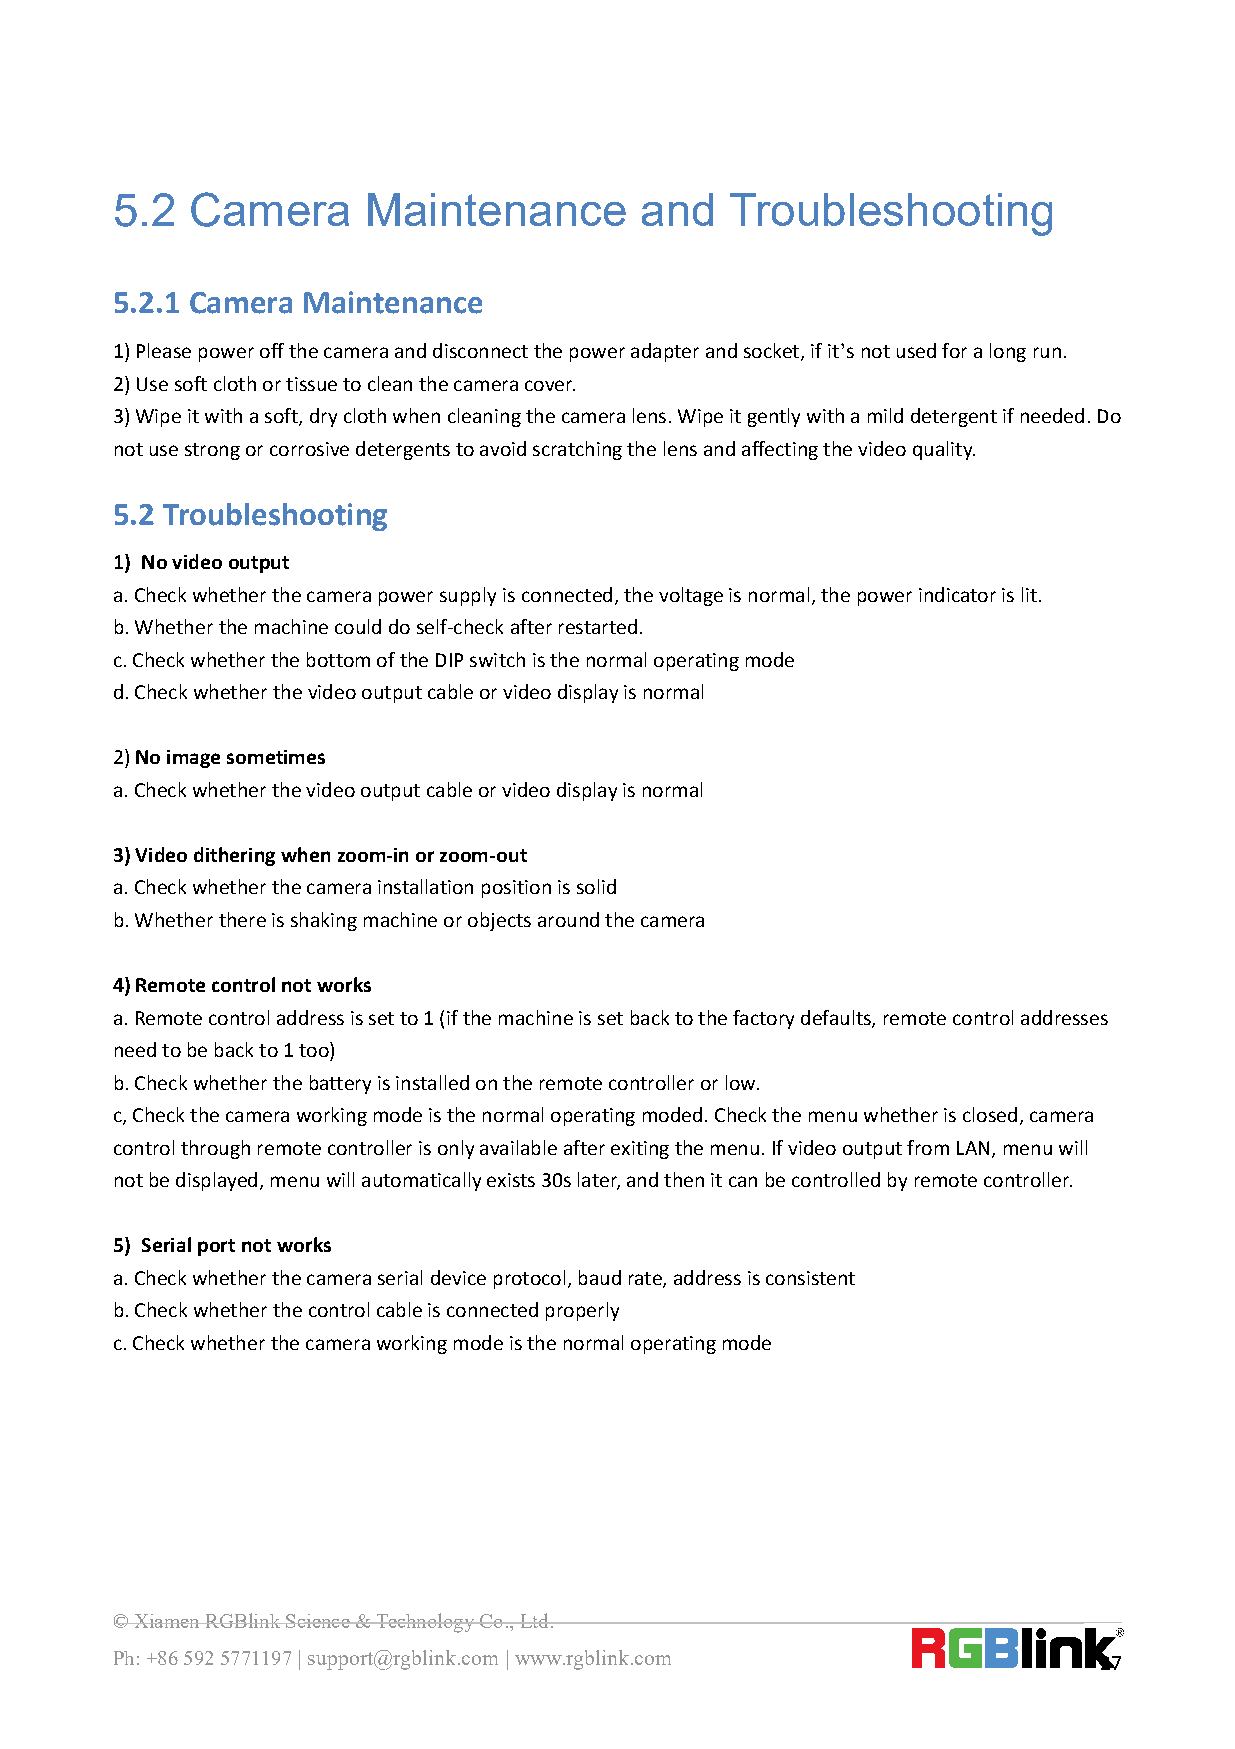
5.2  Camera      Maintenance       and   Troubleshooting
 5.2.1 Camera Maintenance
 1)Pleasepoweroffthecameraanddisconnectthepoweradapterandsocket,ifit’snotusedforalongrun.
 2)Usesoftclothortissuetocleanthecameracover.
 3)Wipeitwithasoft,dryclothwhencleaningthecameralens.Wipeitgentlywithamilddetergentifneeded.Do
 notusestrongorcorrosivedetergentstoavoidscratchingthelensandaffectingthevideoquality.
 5.2 Troubleshooting
 1) Novideooutput
 a.Checkwhetherthecamerapowersupplyisconnected,thevoltageisnormal,thepowerindicatorislit.
 b.Whetherthemachinecoulddoself-checkafterrestarted.
 c.CheckwhetherthebottomoftheDIPswitchisthenormaloperatingmode
 d.Checkwhetherthevideooutputcableorvideodisplayisnormal
 2)Noimagesometimes
 a.Checkwhetherthevideooutputcableorvideodisplayisnormal
 3)Videoditheringwhenzoom-inorzoom-out
 a.Checkwhetherthecamerainstallationpositionissolid
 b.Whetherthereisshakingmachineorobjectsaroundthecamera
 4)Remotecontrolnotworks
 a.Remotecontroladdressissetto1(ifthemachineissetbacktothefactorydefaults,remotecontroladdresses
 needtobebackto1too)
 b.Checkwhetherthebatteryisinstalledontheremotecontrollerorlow.
 c,Checkthecameraworkingmodeisthenormaloperatingmoded.Checkthemenuwhetherisclosed,camera
 controlthroughremotecontrollerisonlyavailableafterexitingthemenu.IfvideooutputfromLAN,menuwill
 notbedisplayed,menuwillautomaticallyexists30slater,andthenitcanbecontrolledbyremotecontroller.
 5) Serialportnotworks
 a.Checkwhetherthecameraserialdeviceprotocol,baudrate,addressisconsistent
 b.Checkwhetherthecontrolcableisconnectedproperly
 c.Checkwhetherthecameraworkingmodeisthenormaloperatingmode
 ©XiamenRGBlinkScience&TechnologyCo.,Ltd.
 Ph:+865925771197|support@rgblink.com|www.rgblink.com              27